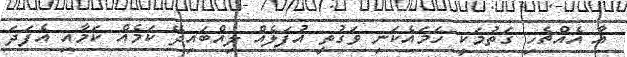
އާ އެއްޗެހި ގަތުމަކީ ހަމައެކަނި ވަގުތީީ އުފަލެއް ލިއްބައިދޭ ކަމެއް ކަމާއި އެފަދަ